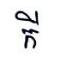
កី